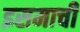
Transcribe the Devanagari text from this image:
इसमाची